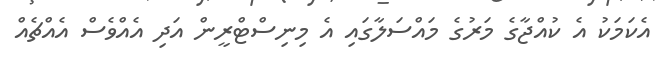
އެކަމަކު އެ ކުއްޖާގެ މަރުގެ މައްސަލާގައި އެ މިނިސްޓްރީން އަދި އެއްވެސް އެއްޗެއް